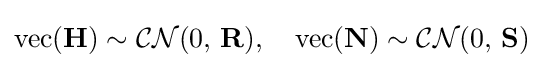
{\mbox{vec}}(\mathbf {H} )\sim {\mathcal {CN}}(0,\,\mathbf {R} ),\quad {\mbox{vec}}(\mathbf {N} )\sim {\mathcal {CN}}(0,\,\mathbf {S} )